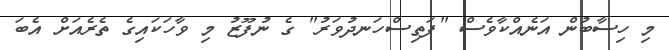
މި ހިސާބުން އަނެއްކާވެސް "ފަތިސްހަނދުވަރު" ގެ ނުފޫޒު މި ވާހަކައިގެ ތެރެއަށް އެބަ